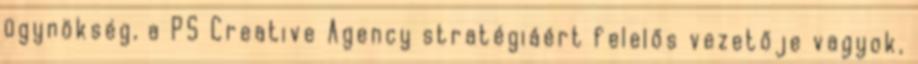
ügynökség, a PS Creative Agency stratégiáért felelős vezetője vagyok,